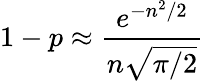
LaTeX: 1-p\approx{\frac{e^{-n^{2}/2}}{n{\sqrt{\pi/2}}}}